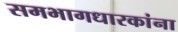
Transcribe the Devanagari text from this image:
समभागधारकांना